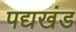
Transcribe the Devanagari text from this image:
पद्यखंड